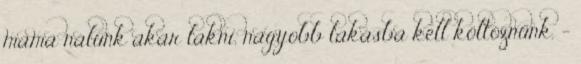
mama nálunk akar lakni, nagyobb lakásba kell költöznünk. -